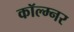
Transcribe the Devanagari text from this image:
कॉल्म्नर